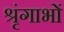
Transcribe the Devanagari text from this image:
श्रृंगाभों